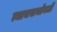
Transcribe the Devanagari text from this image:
त्याचसभोवती